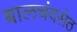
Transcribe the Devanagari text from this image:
बालचंदसेठ